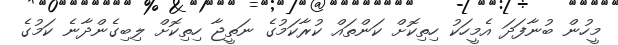
މީހުން ބުނާފަދަ އެމީހަކު ހިތިކޮށް ކަންތައް ކުރާކަމުގެ ނަތީޖާ ހިތިކޮށް ލިބިގެންދާނެ ކަމުގެ